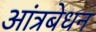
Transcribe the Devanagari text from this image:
आंत्रबेधन